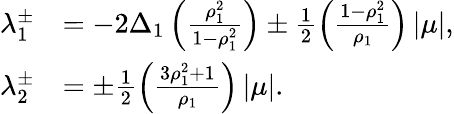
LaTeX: \begin{array}{rl}{\lambda_{1}^{\pm}}&{=-2\Delta_{1}\left(\frac{\rho_{1}^{2}}{1-\rho_{1}^{2}}\right)\pm\frac{1}{2}\left(\frac{1-\rho_{1}^{2}}{\rho_{1}}\right)\left|\mu\right|,}\\ {\lambda_{2}^{\pm}}&{=\pm\frac{1}{2}\left(\frac{3\rho_{1}^{2}+1}{\rho_{1}}\right)\left|\mu\right|.}\end{array}